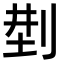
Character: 𠜚